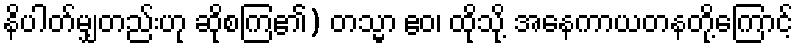
နိပါတ်မျှတည်းဟု ဆိုစကြ၏) တသ္မာ ဧဝ၊ ထိုသို့ အနေကာယတနတို့ကြောင့်